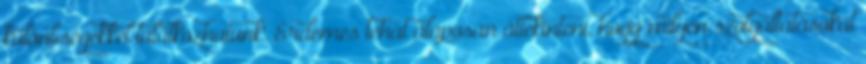
különbségekkel találkozhatunk. Érdemes tehát alaposan áttekinteni, hogy milyen szolgáltatásokat